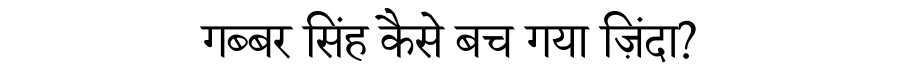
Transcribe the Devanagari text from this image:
गब्बर सिंह कैसे बच गया ज़िंदा?